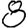
Digit: 8